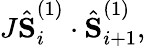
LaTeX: {J}\hat{\textbf{S}}_{i}^{(1)}\cdot\hat{{\textbf{S}}}_{i+1}^{(1)},